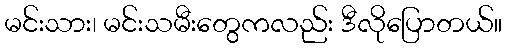
မင်းသား၊ မင်းသမီးတွေကလည်း ဒီလိုပြောတယ်။